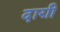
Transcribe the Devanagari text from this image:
दाग़ी